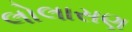
લોલાસણ